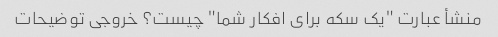
منشأ عبارت "یک سکه برای افکار شما" چیست؟ خروجی توضیحات